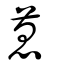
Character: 蒠